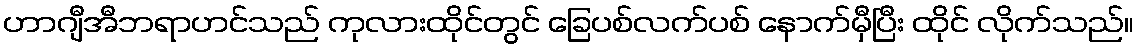
ဟာဂျီအီဘရာဟင်သည် ကုလားထိုင်တွင် ခြေပစ်လက်ပစ် နောက်မှီပြီး ထိုင် လိုက်သည်။